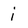
Character: j